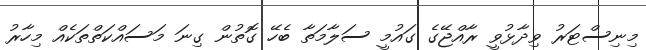
މިނިސްޓަރު ވިދާޅުވީ ރާއްޖޭގެ ގައުމީ ސަލާމަތާ ބެހޭ ގޮތުން ގިނަ މަސައްކަތްތަކެއް މިހާރު